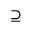
\supseteq